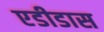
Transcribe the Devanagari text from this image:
एडीडास